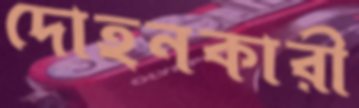
দোহনকারী